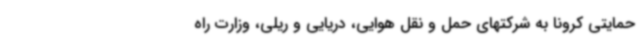
حمایتی کرونا به شرکتهای حمل و نقل هوایی، دریایی و ریلی،‌ وزارت راه